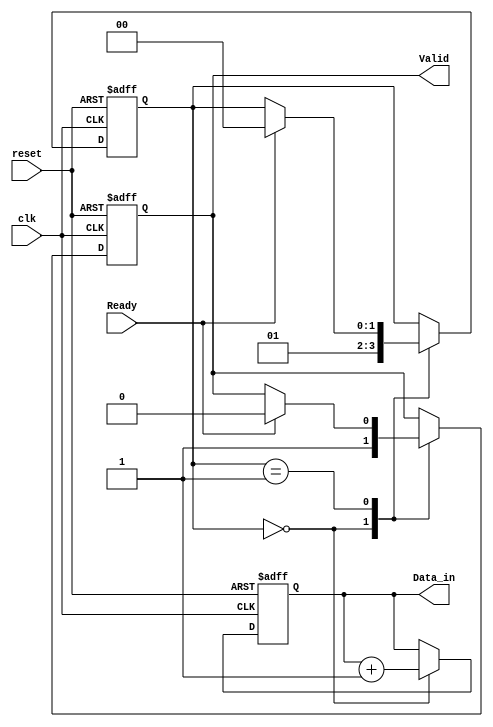
module producer (
    input wire clk,
    input wire reset,
    output reg [7:0] Data_in,    // 8-bit data input
    output reg Valid,             // Valid signal
    input wire Ready              // Ready signal from consumer
);
    // State declaration
    reg [1:0] state; // 0: Idle, 1: Data Ready

    always @(posedge clk or posedge reset) begin
        if (reset) begin
            // Reset state
            Data_in <= 8'b0;
            Valid <= 1'b0;
            state <= 2'b00;
        end else begin
            case (state)
                2'b00: begin // Idle state
                    // Generate data
                    Data_in <= Data_in + 1; // Example data generation
                    Valid <= 1'b1;           // Assert Valid
                    state <= 2'b01;          // Move to Data Ready state
                end
                2'b01: begin // Data Ready state
                    if (Ready) begin
                        Valid <= 1'b0;       // Deassert Valid when Ready is high
                        state <= 2'b00;      // Go back to Idle state
                    end
                end
            endcase
        end
    end
endmodule